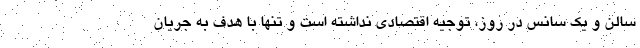
سالن و یک سانس در روز، توجیه اقتصادی نداشته است و تنها با هدف به جریان